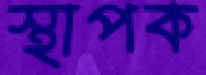
স্থাপক